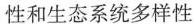
性和生态系统多样性